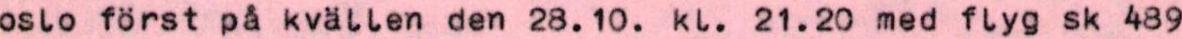
oslo först på kvällen den 28.10. kl. 21.20 med flyg sk 489